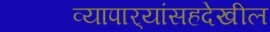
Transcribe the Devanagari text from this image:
व्यापार्‍यांसहदेखील